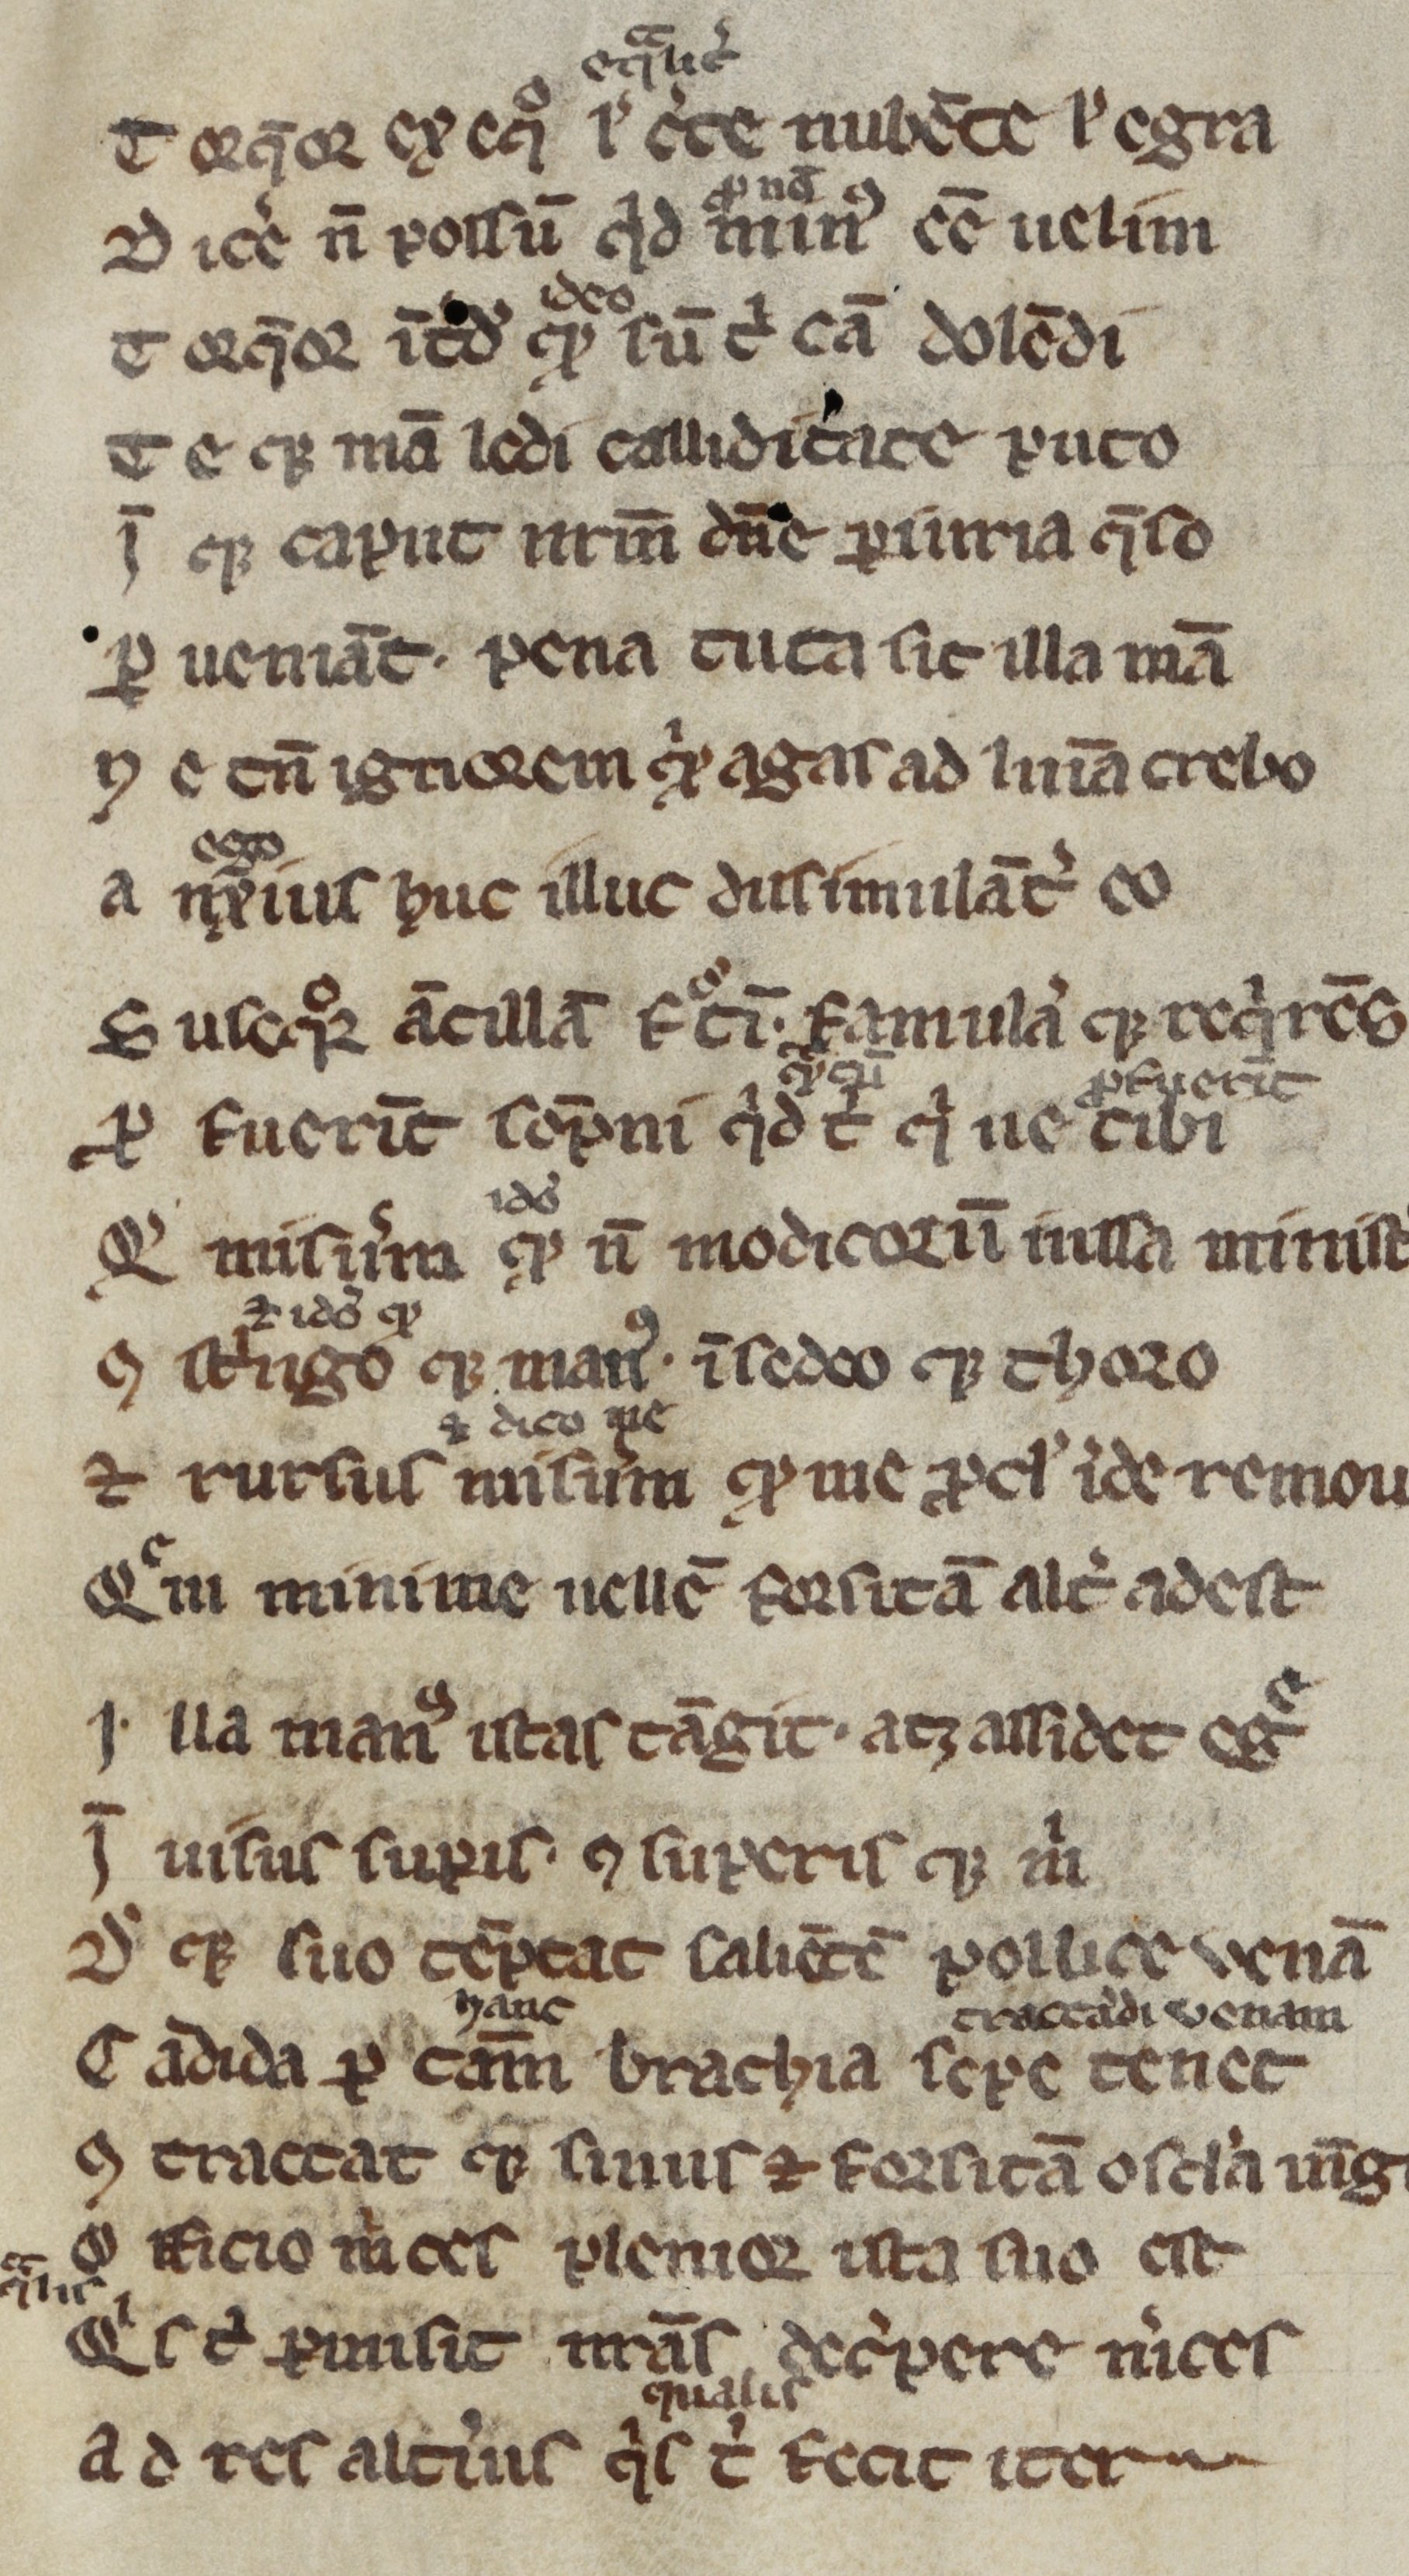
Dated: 1300–1399